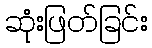
ဆုံးဖြတ်ခြင်း